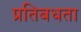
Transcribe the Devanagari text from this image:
प्रतिबधता